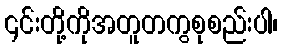
၎င်းတို့ကိုအတူတကွစုစည်းပါ၊